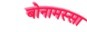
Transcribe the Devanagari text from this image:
बोनामस्सा